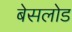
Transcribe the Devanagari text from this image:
बेसलोड